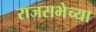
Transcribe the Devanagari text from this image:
राजसभेच्या